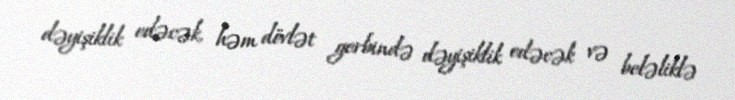
dəyişiklik edəcək, həm dövlət gerbində dəyişiklik edəcək və beləliklə